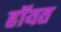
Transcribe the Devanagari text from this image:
हॉयत